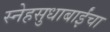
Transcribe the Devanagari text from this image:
स्नेहसुधाबाईंचा